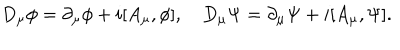
D _ { \mu } \phi = \partial _ { \mu } \phi + i [ A _ { \mu } , \phi ] , \quad D _ { \mu } \Psi = \partial _ { \mu } \Psi + i [ A _ { \mu } , \Psi ] .